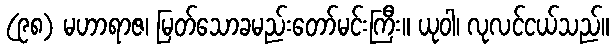
(၉၈) မဟာရာဇ၊ မြတ်သောခမည်းတော်မင်းကြီး။ ယုဝါ၊ လုလင်ငယ်သည်။